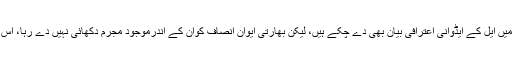
بابری مسجد کی شہادت کے الزام میں ایل کے ایڈوانی اعترافی بیان بھی دے چکے ہیں، لیکن بھارتی ایوان انصاف کوان کے اندرموجود مجرم دکھائی نہیں دے رہا، اس لئے وہ اب تک آزاد پھر رہے ہیں۔